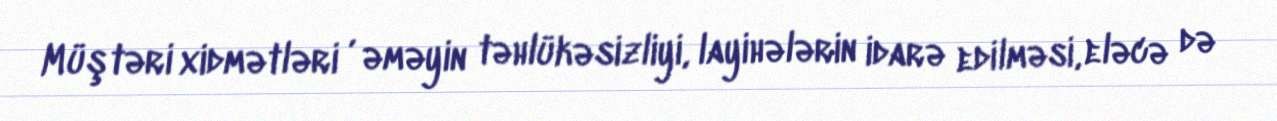
Müştəri xidmətləri , əməyin təhlükəsizliyi, layihələrin idarə edilməsi, eləcə də